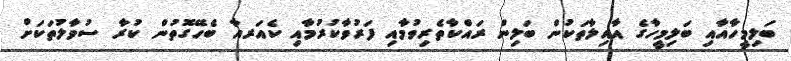
ބަލިމީހާއާއި ބަލިމީހާގެ އާއިލާތަކުން ބަލިން ރައްކާތެރިވުމާއި ފަރުވާކުރުމާއި ކެއަރއާ ބެހޭގޮތުން ކުރާ ސުވާލުތަކަށް